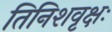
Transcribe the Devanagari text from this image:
तिनिशवृक्षः